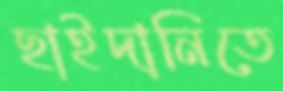
ছাইদানিতে